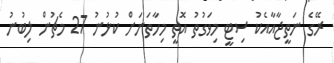
ރޭގެ ނަތީޖާއާއެކު ސިޓީ މިވަގުތު އޮތީ މިހާތަނަށް ކުޅުނު 27 މެޗުން ލިބުނު